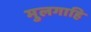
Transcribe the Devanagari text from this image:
मुलगाहि